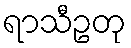
ရာသီဥတု